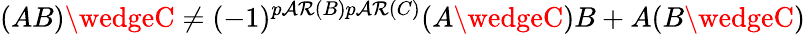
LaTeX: (AB)\wedgeC\neq(-1)^{p\mathcal{A}\mathcal{R}(B)p\mathcal{A}\mathcal{R}(C)}(A\wedgeC)B+A(B\wedgeC)